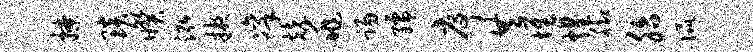
撩琰暌泓掖凛兢兆踢孺序共堆煌脚胎侃